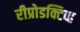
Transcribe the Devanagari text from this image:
रीप्रोडक्टिव्ह